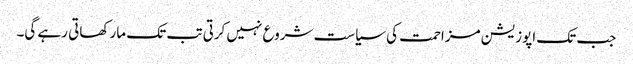
جب تک اپوزیشن مزاحمت کی سیاست شروع نہیں کرتی تب تک مار کھاتی رہے گی۔